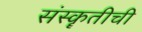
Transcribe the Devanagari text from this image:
संस्कॄतीची